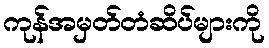
ကုန်အမှတ်တံဆိပ်များကို